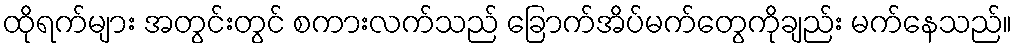
ထိုရက်များ အတွင်းတွင် စကားလက်သည် ခြောက်အိပ်မက်တွေကိုချည်း မက်နေသည်။